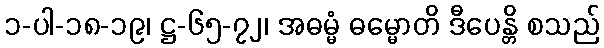
၁-ပါ-၁၈-၁၉၊ ဋ္ဌ-၆၅-၇၂၊ အဓမ္မံ ဓမ္မောတိ ဒီပေန္တိ စသည်